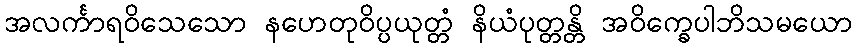
အလင်္ကာရဝိသေသော နဟေတုဝိပ္ပယုတ္တံ နိယံပုတ္တန္တိ အဝိက္ခေပါဘိသမယော